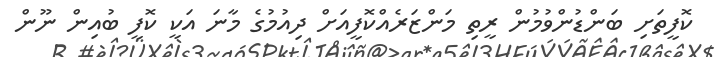
ކޮފީތަށި ބަންޑުންވުމުން ރީތި މަންޒަރެއްކޮފީއަށް ދިއުމުގެ މާނަ އަކީ ކޮފީ ބުއިން ނޫން